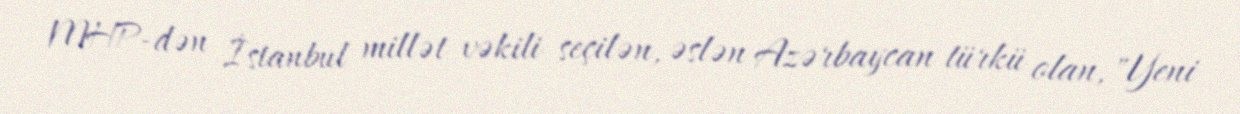
MHP-dən İstanbul millət vəkili seçilən, əslən Azərbaycan türkü olan, "Yeni